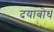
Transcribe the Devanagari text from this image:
दयाबोध